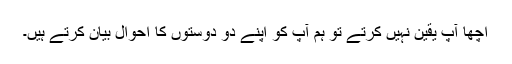
اچھا آپ یقین نہیں کرتے تو ہم آپ کو اپنے دو دوستوں کا احوال بیان کرتے ہیں۔